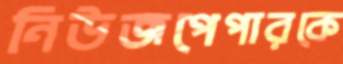
নিউজপেপারকে